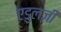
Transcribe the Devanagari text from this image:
एडुलजी